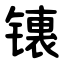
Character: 䦄